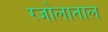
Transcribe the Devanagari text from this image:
रजोलाताल